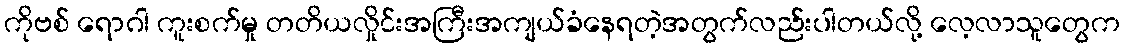
ကိုဗစ် ရောဂါ ကူးစက်မှု တတိယလှိုင်းအကြီးအကျယ်ခံနေရတဲ့အတွက်လည်းပါတယ်လို့ လေ့လာသူတွေက